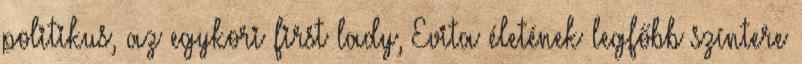
politikus, az egykori first lady, Evita életének legfőbb színtere